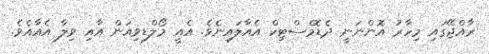
ރާއްޖޭގައި މިހާރު އޮންނަނީ ދެޑޮމެސްޓިކް އެއާލައިނެވެ. އެއީ މޯލްޑިވިއަން އާއި ވިލާ އެއާއެވެ.